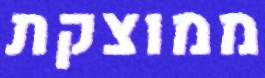
ממוצקת